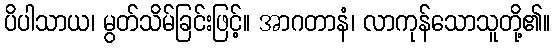
ပိပါသာယ၊ မွတ်သိမ်ခြင်းဖြင့်။ အာဂတာနံ၊ လာကုန်သောသူတို့၏။